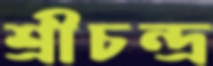
শ্রীচন্দ্র